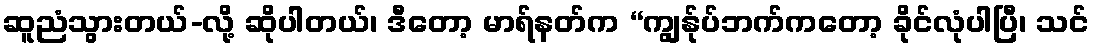
ဆူညံသွားတယ်-လို့ ဆိုပါတယ်၊ ဒီတော့ မာရ်နတ်က “ကျွန်ုပ်ဘက်ကတော့ ခိုင်လုံပါပြီ၊ သင်